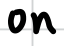
Text: on
Cross-out: clean
Writing tool: digital_black